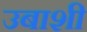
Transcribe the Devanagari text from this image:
उबाशी